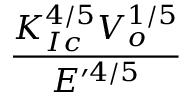
\frac { K _ { I c } ^ { 4 / 5 } V _ { o } ^ { 1 / 5 } } { E ^ { \prime 4 / 5 } }